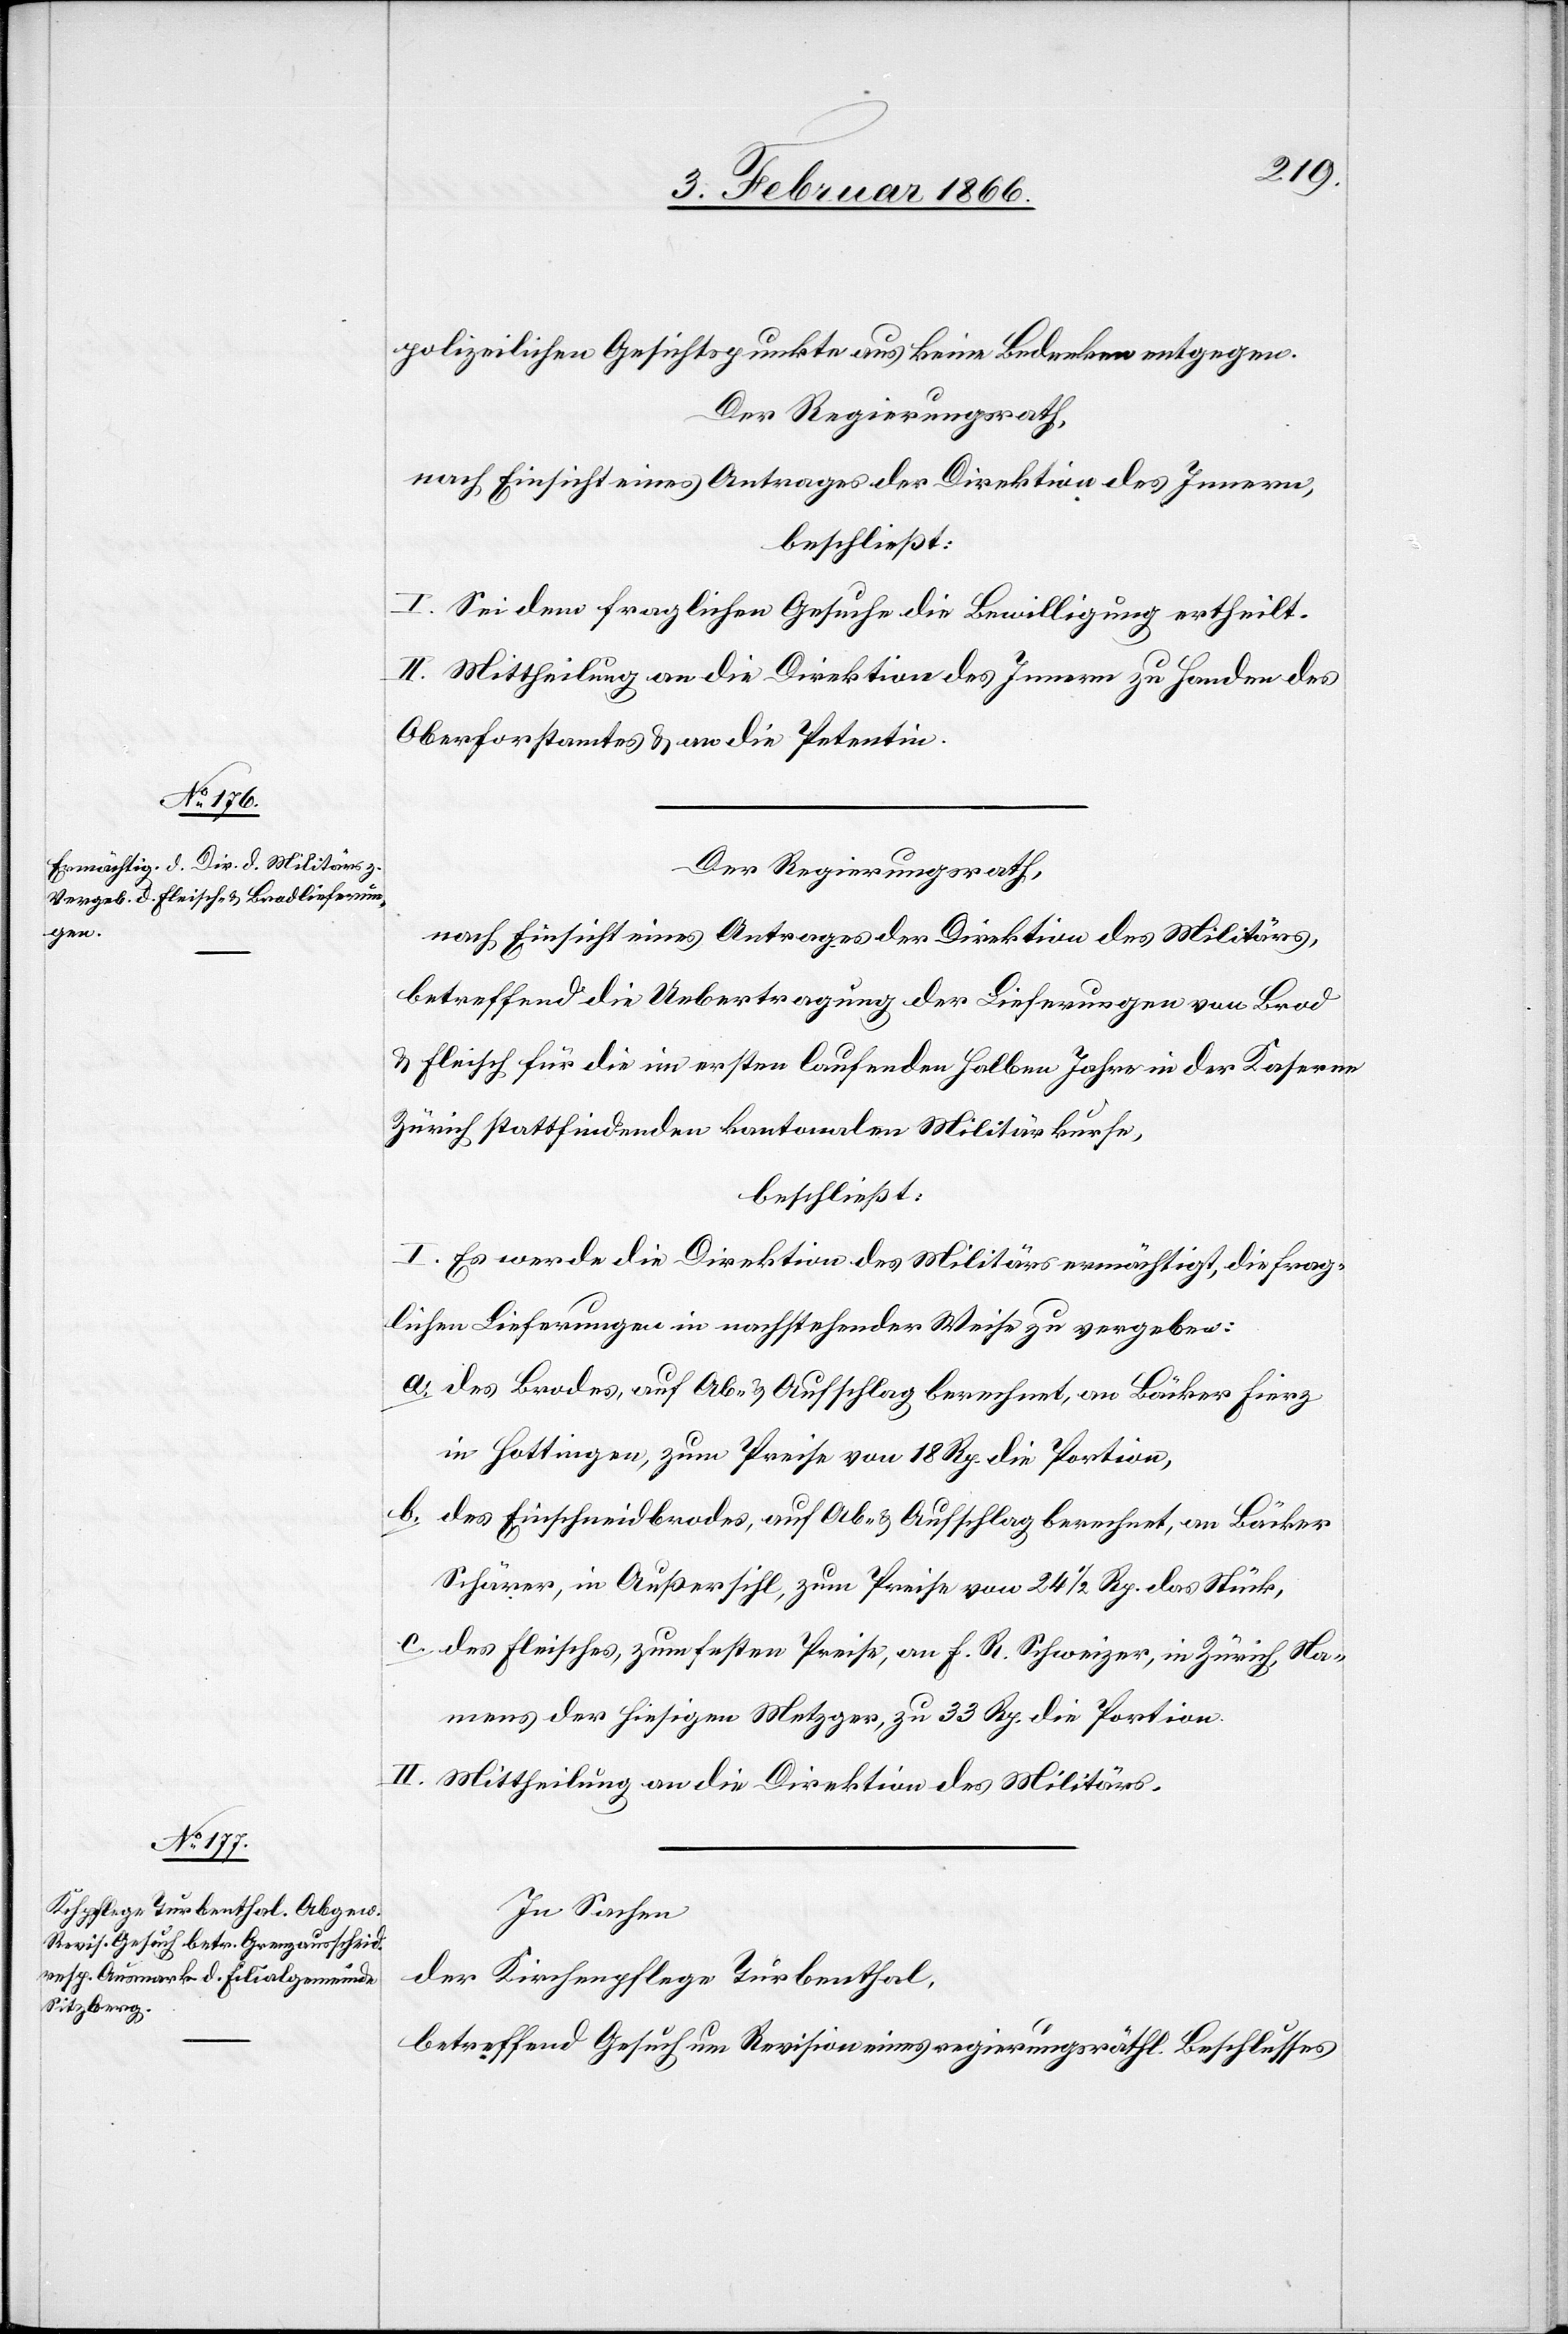
polizeilichen Gesichtspunkten aus keine Bedenken entgegen.
Der Regierungsrath,
nach Einsicht eines Antrages der Direktion des Innern,
beschließt:
I. Sei dem fraglichen Gesuche die Bewilligung ertheilt.
II. Mittheilung an die Direktion des Innern zu Handen des
Oberforstamtes u. an die Petentin.
Der Regierungsrath,
nach Einsicht eines Antrages der Direktion des Militärs,
betreffend die Uebertragung der Lieferungen von Brod
& Fleisch für die im ersten laufenden halben Jahre in der Kaserne
Zürich stattfindenden kantonalen Militärkurse,
beschließt:
I. Es werde die Direktion des Militärs ermächtigt, die frag¬
lichen Lieferungen in nachstehender Weise zu vergeben:
a. des Brodes, auf Ab- u. Aufschlag berechnet, an Bäcker Fierz
in Hottingen, zum Preise von 18 Rp. die Portion,
b. des Einschneidbrodes, auf Ab- u. Aufschlag berechnet, an Bäcker
Schärer, in Außersihl, zum Preise von 24 1/2 Rp. das Stück,
c. des Fleisches, zum festen Preise, an F. R. Schweizer, in Zürich, Na¬
mens der hiesigen Metzger, zu 33 Rp. die Portion.
II. Mittheilung an die Direktion des Militärs.
In Sachen
der Kirchenpflege Turbenthal,
betreffend Gesuch um Revision eines regierungsräthl. Beschlusses